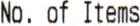
NO. OF ITEMS